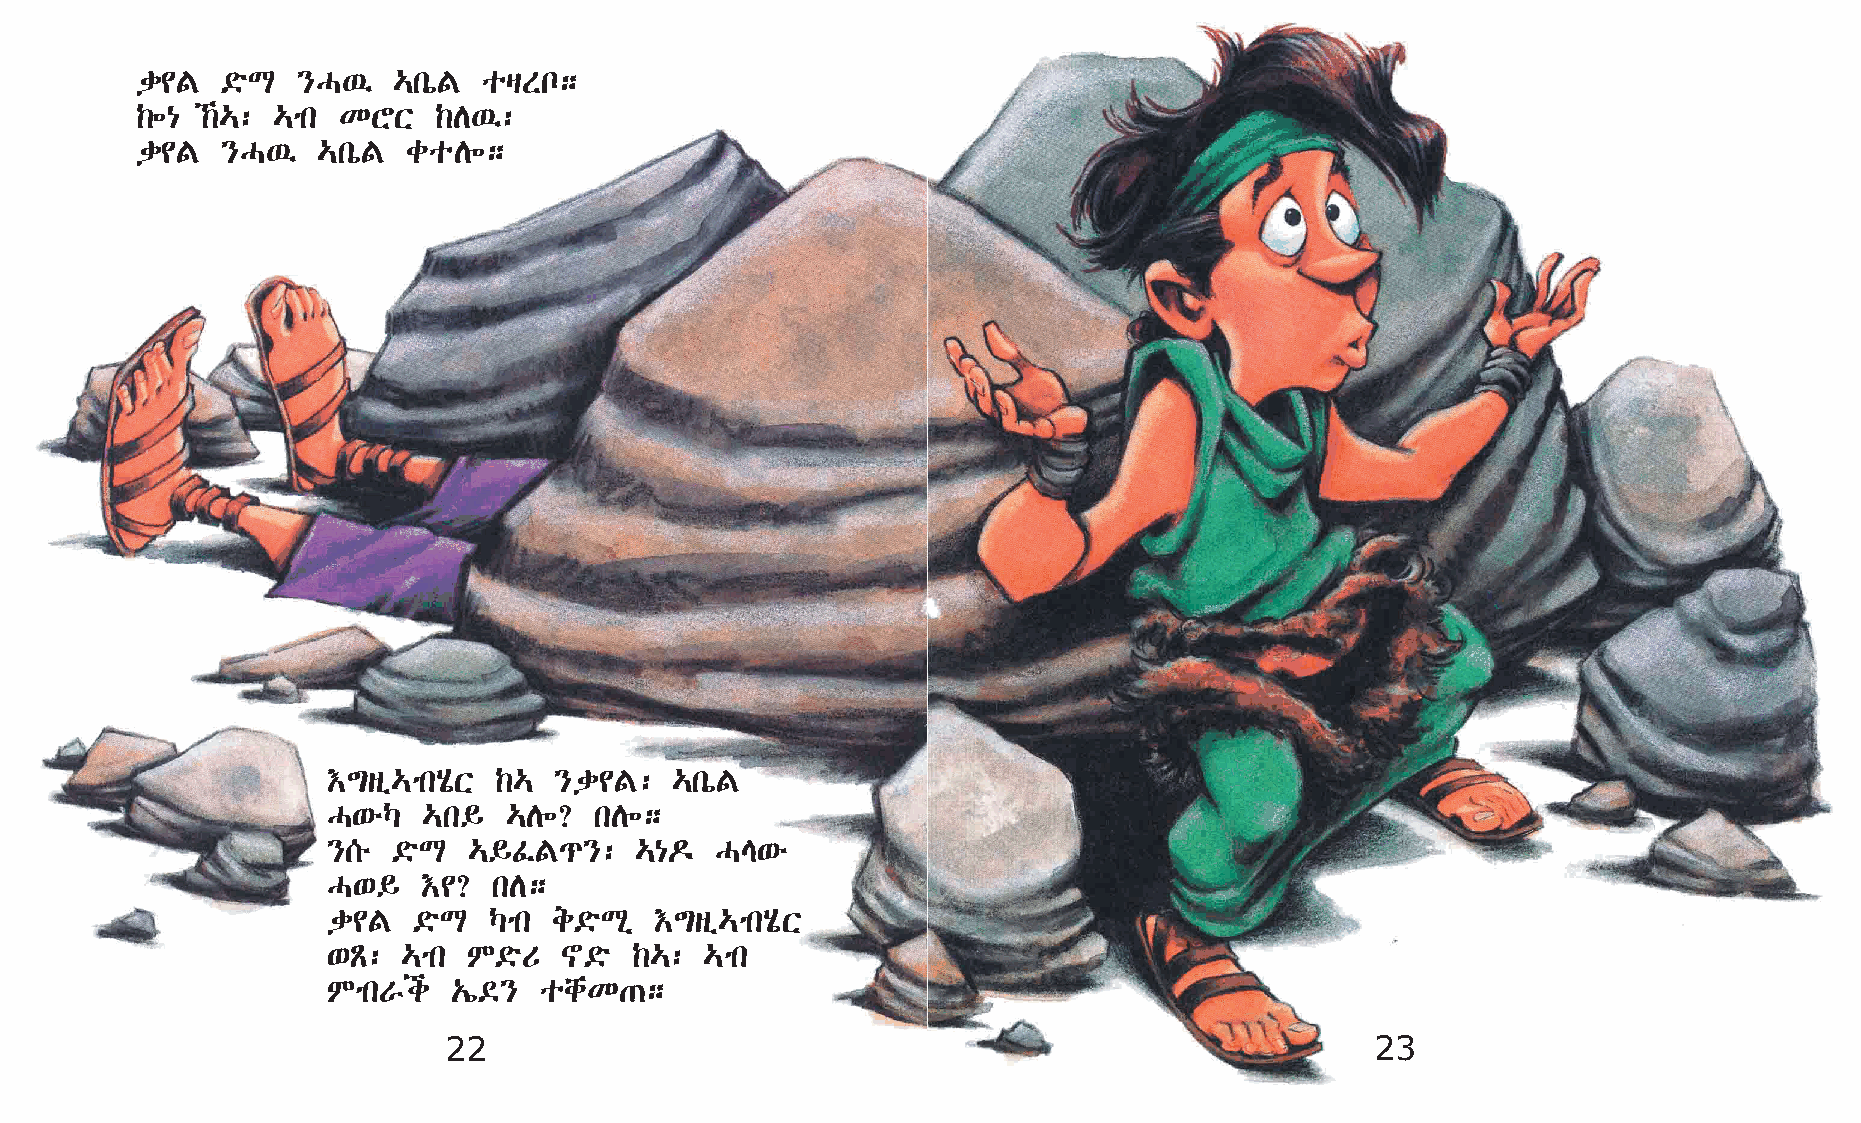
d¢F   ©öL  }H’   …kòF  ošSn;
 ‰÷{ ‰…: …mk KYX    ‰D’:
 d¢F   }H’   …kòF  coD÷;
 †´sï…mkAôX ‰…  }d¢F:  …kòF
 H‘éŠ  …k§  …D÷?  kD÷;
 }[é ©öL  …§ÊF¹}:    …{¬  HE‘é
 H‘§   †¢?  kD;
 d¢F  ©öL  Šmk  e©öLð †´sï…mkAôX
 ‘Ã:  …mk M©öU  ~©ö  ‰…:  …mk
 MmkVi   „í©}  ochK·;
 22                                                            23